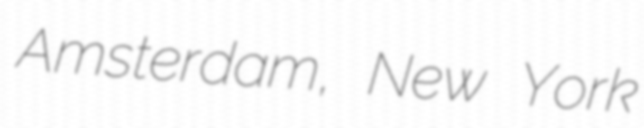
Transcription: Amsterdam, New York